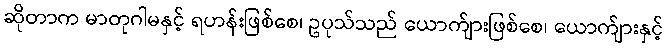
ဆိုတာက မာတုဂါမနှင့် ရဟန်းဖြစ်စေ၊ ဥပုသ်သည် ယောက်ျားဖြစ်စေ၊ ယောက်ျားနှင့်